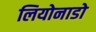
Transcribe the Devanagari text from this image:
लियोनाडो